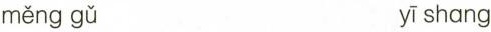
měng gǔ yī shang